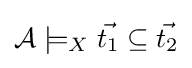
{\mathcal {A}}\models _{X}{\vec {t_{1}}}\subseteq {\vec {t_{2}}}